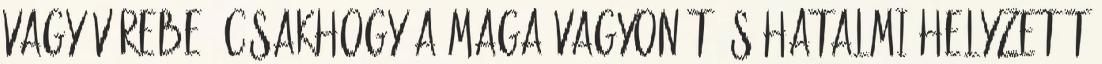
vagy vérebe: csakhogy a maga vagyonát és hatalmi helyzetét